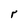
Character: r